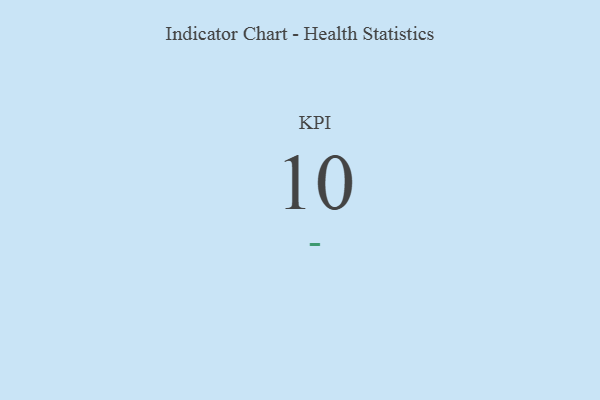
{"axis": {"x": "KPI", "y": "Value"}, "legend": [""], "data": [{"x": "KPI", "y": 10, "type": ""}]}